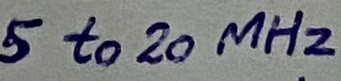
Text: 5 to 20 MHz